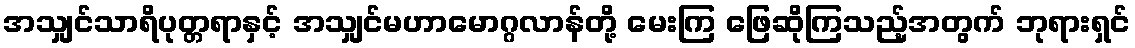
အသျှင်သာရိပုတ္တရာနှင့် အသျှင်မဟာမောဂ္ဂလာန်တို့ မေးကြ ဖြေဆိုကြသည့်အတွက် ဘုရားရှင်